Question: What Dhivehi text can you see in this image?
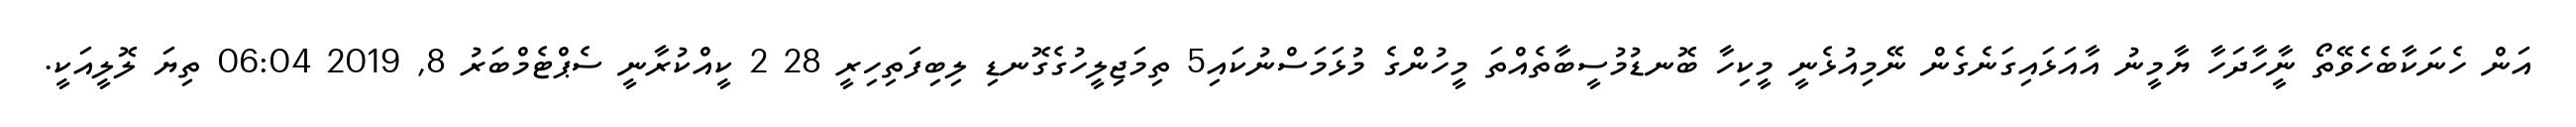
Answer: އަން ހެނަކާބެހެވޭތޯ ނީާހާދަހާ ޔާމީނު އާއަޅައިގަނެގެން ނޭމިއުޅެނީ މީކިހާ ބޮނޑުމުސީބާތެއްތަ މީހުންގެ މުޅަމަސްނުކައި5 ތިމަޖިލީހުގެގޮނޑި ލިބިފަތިހިރީ 28 2 ކީއްކުރާނީ ސެޕްޓެމްބަރު 8, 2019 06:04 ތިޔަ ލޮލީއަކީ.